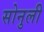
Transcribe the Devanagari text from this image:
सोनुली